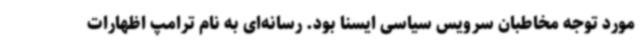
مورد توجه مخاطبان سرویس سیاسی ایسنا بود. رسانه‌ای به نام ترامپ اظهارات